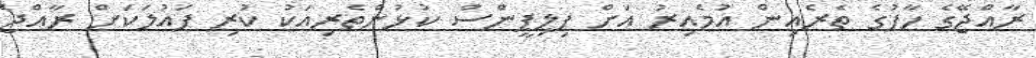
ރާއްޖޭގެ ހާފުގެ ތެރެއިން އުމެއިރު އަށް ފިލިޕީންސް ކުޅުންތެރިއަކު ކުރި ފައުލަކަށް ރާއްޖެ